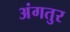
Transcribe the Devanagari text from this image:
अंगतुर